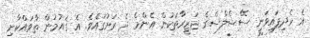
އެ ހެދިފައިވަނީ ސޭޝެލްސްގެ ޖަޒީރާތަކުން އެންމެ ދެ ރަށުގައެވެ. އެ ޤައުމުން ތާވައްކާށި